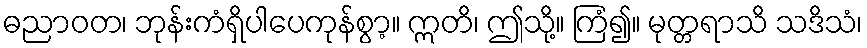
ဓညာဝတ၊ ဘုန်းကံရှိပါပေကုန်စွာ့။ ဣတိ၊ ဤသို့။ ကြံ၍။ မုတ္တရာသိ သဒိသံ၊